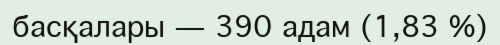
басқалары — 390 адам (1,83 %)